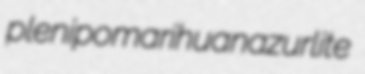
plenipo marihuana zurlite